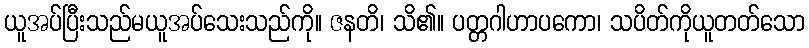
ယူအပ်ပြီးသည်မယူအပ်သေးသည်ကို။ ဇနတိ၊ သိ၏။ ပတ္တဂါဟာပကော၊ သပိတ်ကိုယူတတ်သော